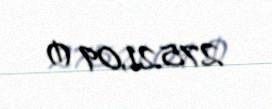
27521,09 ₼